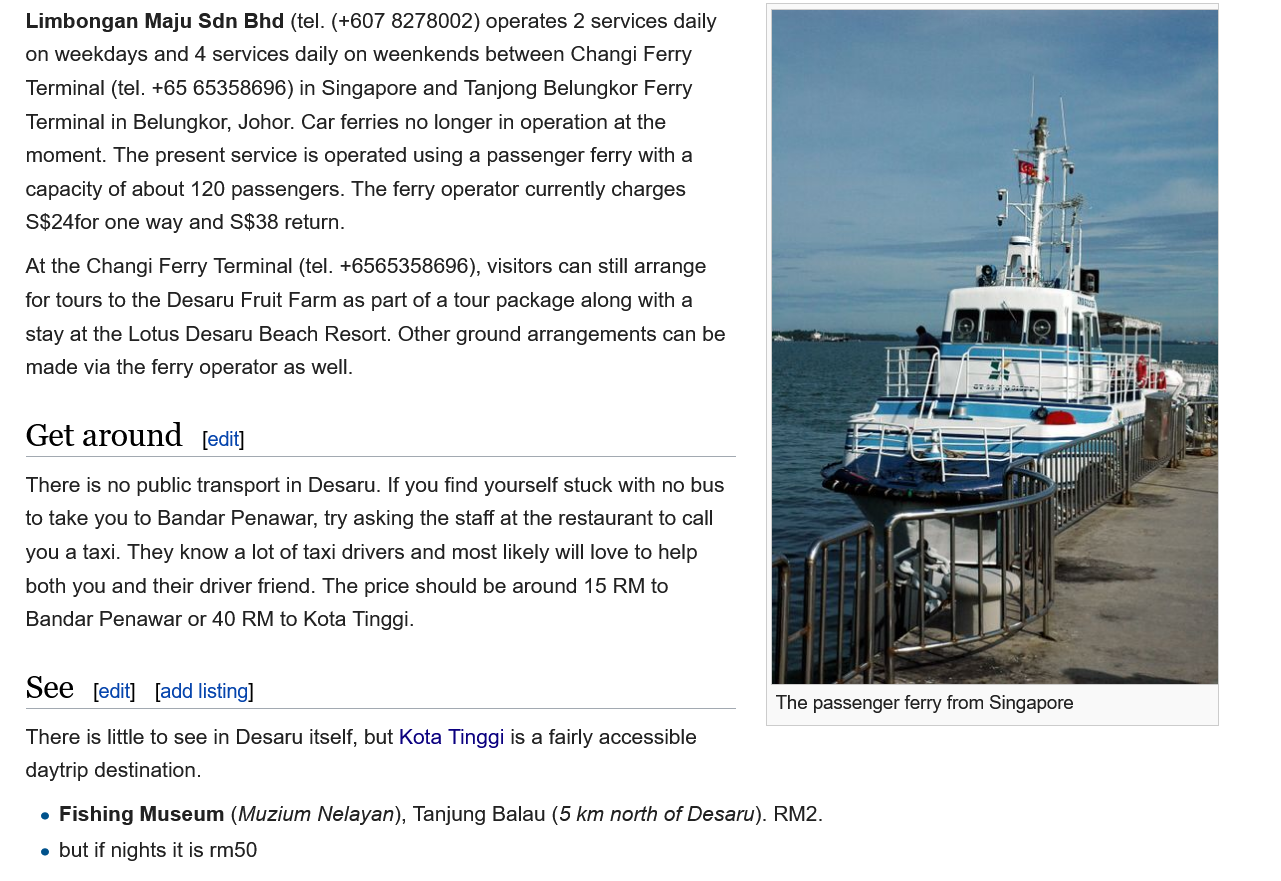
Limbongan Maju Sdn Bhd (tel. (+607 8278002) operates 2 services daily
   on weekdays and 4 services daily on weenkends between Changi Ferry
   Terminal (tel. +65 65358696) in Singapore and Tanjong Belungkor Ferry
   Terminal in Belungkor, Johor. Car ferries no longer in operation at the
   moment. The present service is operated using a passenger ferry with a
   capacity of about 120 passengers. The ferry operator currently charges
   S$24for one way and $$38 return.
   At the Changi Ferry Terminal (tel. +6565358696), visitors can still arrange
   for tours to the Desaru Fruit Farm as part of a tour package along with a
   stay at the Lotus Desaru Beach Resort. Other ground arrangements can be
   made via the ferry operator as well.
   Get around    [edit]
   There is no public transport in Desaru. If you find yourself stuck with no bus
   to take you to Bandar Penawar, try asking the staff at the restaurant to call
   you a taxi. They know a lot of taxi drivers and most likely will love to help
   both you and their driver friend. The price should be around 15 RM to
   Bandar Penawar or 40 RM to Kota Tinggi.
   See  [edit] [add listing]
   There is little to see in Desaru itself, but Kota Tinggi is a fairly accessible
   daytrip destination.
    e Fishing Museum (Muzium Nelayan), Tanjung Balau (5 km north of Desaru). RM2.
     but if nights it is rm50
     The passenger ferry from Singapore